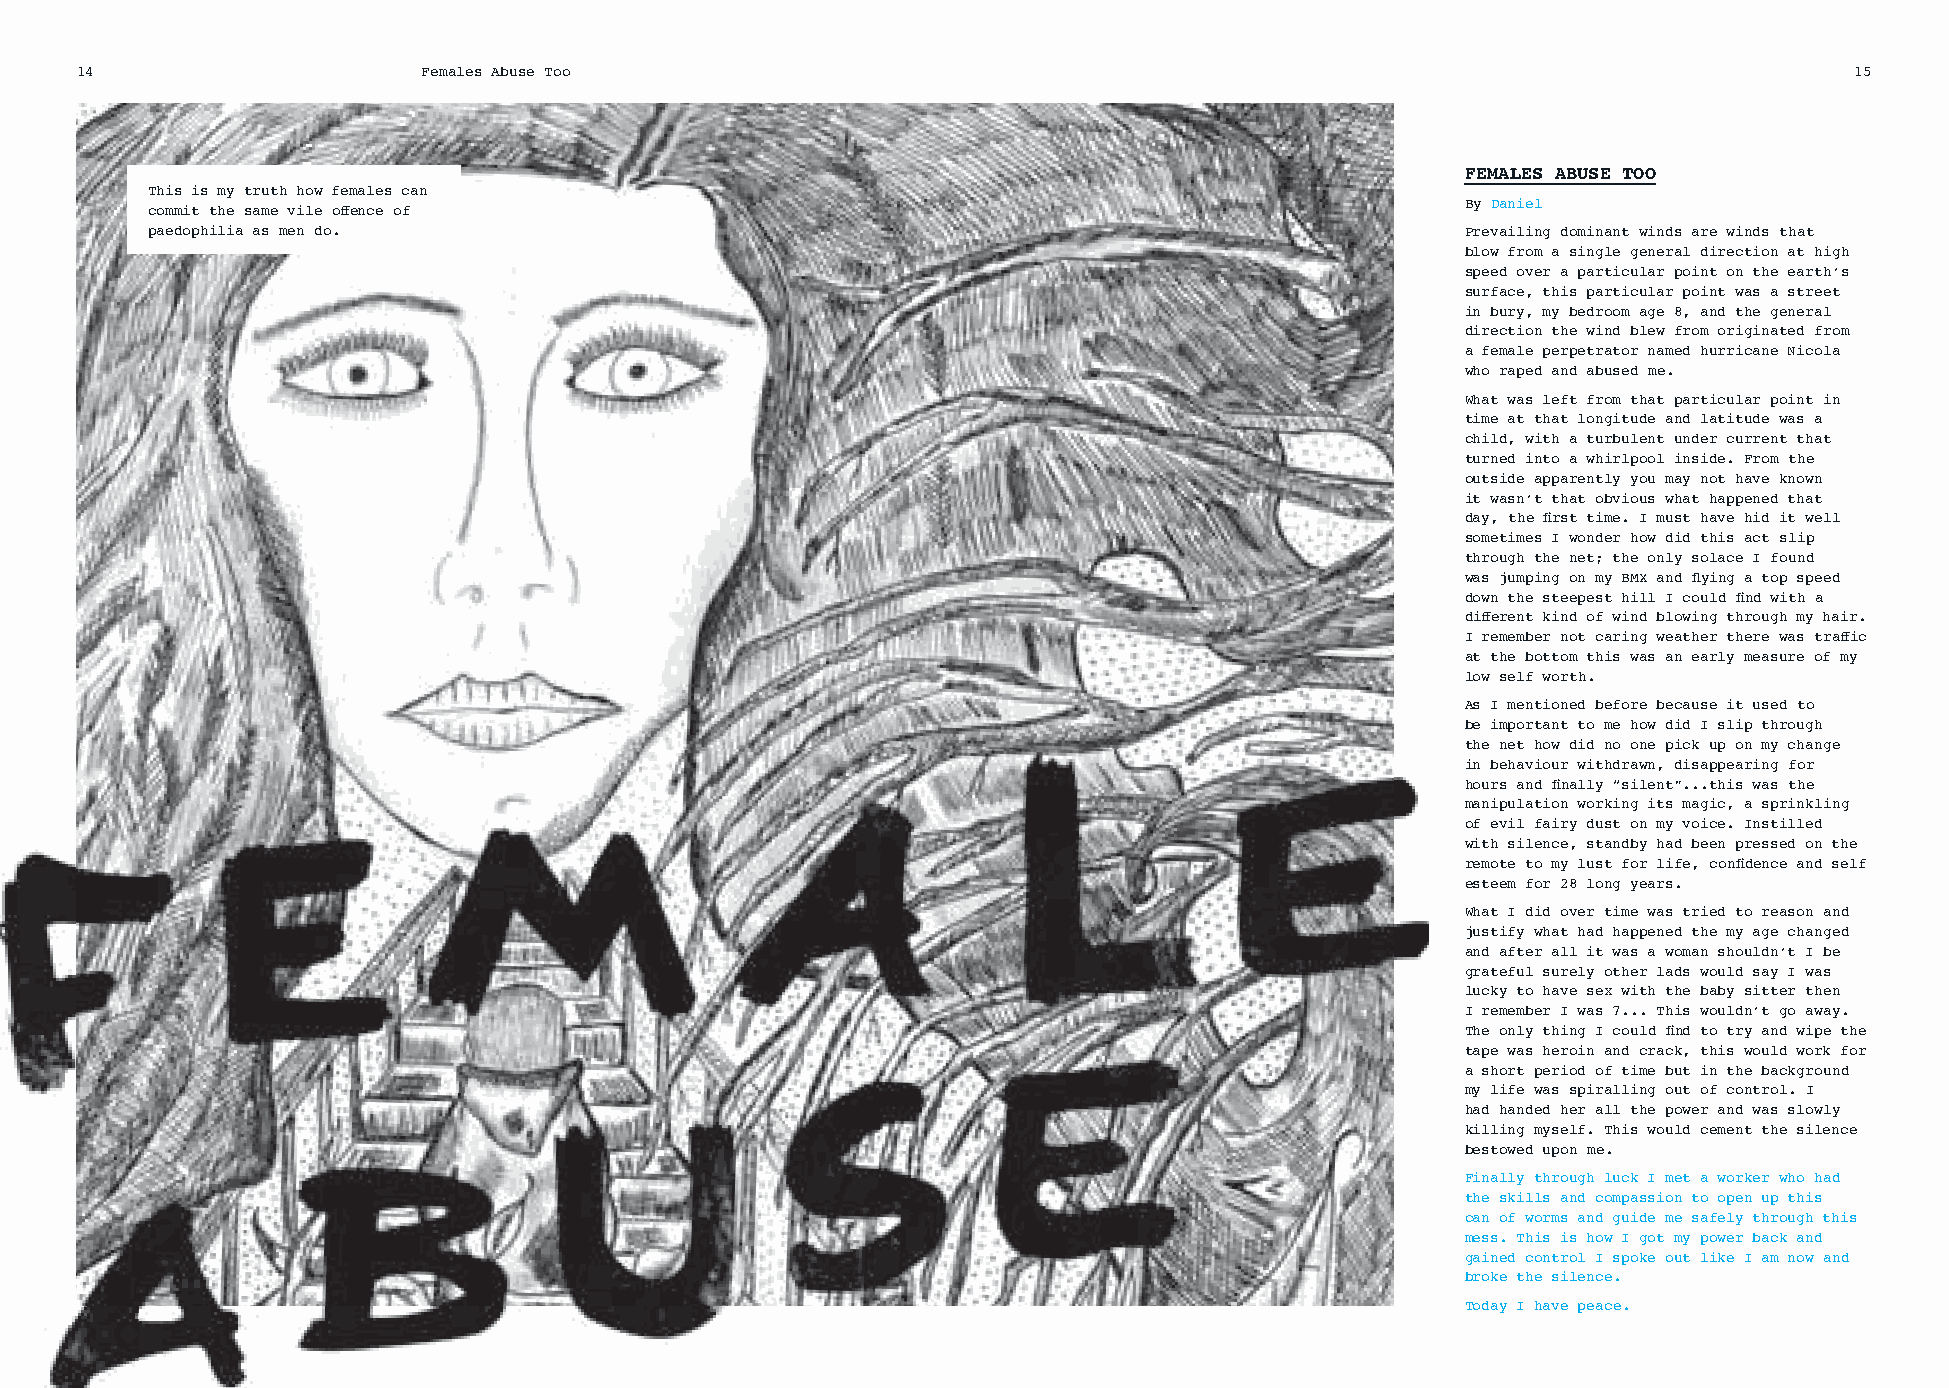
14                     Females Abuse Too                                                                              15
 FEMALES ABUSE TOO
 This is my truth how females can
 By Daniel
 commit the same vile off ence of
 paedophilia as men do.                                                                 Prevailing dominant winds are winds that
 blow from a single general direction at high
 speed over a particular point on the earth’s
 surface, this particular point was a street
 in bury, my bedroom age 8, and the general
 direction the wind blew from originated from
 a female perpetrator named hurricane Nicola
 who raped and abused me.
 What was left from that particular point in
 time at that longitude and latitude was a
 child, with a turbulent under current that
 turned into a whirlpool inside. From the
 outside apparently you may not have known
 it wasn’t that obvious what happened that
 day, the fi rst time. I must have hid it well
 sometimes I wonder how did this act slip
 through the net; the only solace I found
 was jumping on my BMX and fl ying a top speed
 down the steepest hill I could fi nd with a
 diff erent kind of wind blowing through my hair.
 I remember not caring weather there was traff ic
 at the bottom this was an early measure of my
 low self worth.
 As I mentioned before because it used to
 be important to me how did I slip through
 the net how did no one pick up on my change
 in behaviour withdrawn, disappearing for
 hours and fi nally “silent”...this was the
 manipulation working its magic, a sprinkling
 of evil fairy dust on my voice. Instilled
 with silence, standby had been pressed on the
 remote to my lust for life, confi dence and self
 esteem for 28 long years.
 What I did over time was tried to reason and
 justify what had happened the my age changed
 and after all it was a woman shouldn’t I be
 grateful surely other lads would say I was
 lucky to have sex with the baby sitter then
 I remember I was 7... This wouldn’t go away.
 The only thing I could fi nd to try and wipe the
 tape was heroin and crack, this would work for
 a short period of time but in the background
 my life was spiralling out of control. I
 had handed her all the power and was slowly
 killing myself. This would cement the silence
 bestowed upon me.
 Finally through luck I met a worker who had
 the skills and compassion to open up this
 can of worms and guide me safely through this
 mess. This is how I got my power back and
 gained control I spoke out like I am now and
 broke the silence.
 Today I have peace.